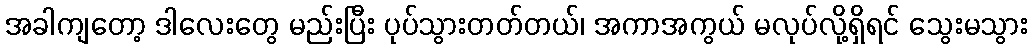
အခါကျတော့ ဒါလေးတွေ မည်းပြီး ပုပ်သွားတတ်တယ်၊ အကာအကွယ် မလုပ်လို့ရှိရင် သွေးမသွား